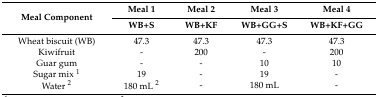
<table><thead><tr><td rowspan="2"><b>Meal Component</b></td><td><b>Meal 1</b></td><td><b>Meal 2</b></td><td><b>Meal 3</b></td><td><b>Meal 4</b></td></tr><tr><td><b>WB+S</b></td><td><b>WB+KF</b></td><td><b>WB+GG+S</b></td><td><b>WB+KF+GG</b></td></tr></thead><tbody><tr><td>Wheat biscuit (WB)</td><td>47.3</td><td>47.3</td><td>47.3</td><td>47.3</td></tr><tr><td>Kiwifruit</td><td>-</td><td>200</td><td>-</td><td>200</td></tr><tr><td>Guar gum</td><td>-</td><td>-</td><td>10</td><td>10</td></tr><tr><td>Sugar mix <sup>1</sup></td><td>19</td><td>-</td><td>19</td><td>-</td></tr><tr><td>Water <sup>2</sup></td><td>180 mL <sup>2</sup></td><td>-</td><td>180 mL</td><td>-</td></tr></tbody></table>